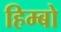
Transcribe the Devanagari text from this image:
हिम्बो